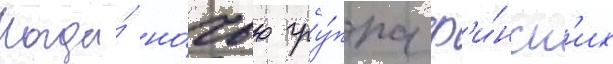
Когда́ но́чью гру́ппа ф'и́нск'их